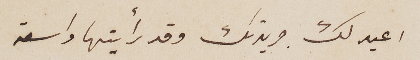
اعيد لك جريدتك وقد رأيتها واسعة